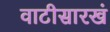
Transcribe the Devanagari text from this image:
वाटीसारखं